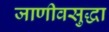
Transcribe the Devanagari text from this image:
जाणीवसुद्धा